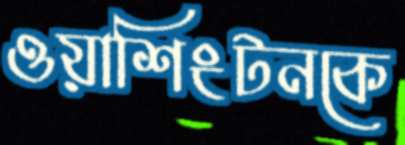
ওয়াশিংটনকে